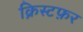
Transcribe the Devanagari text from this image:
क्रिस्टफ़र